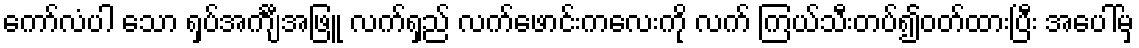
ကော်လံပါ သော ရှပ်အင်္ကျီအဖြူ လက်ရှည် လက်ဖောင်းကလေးကို လက် ကြယ်သီးတပ်၍ဝတ်ထားပြီး အပေါ်မှ